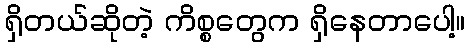
ရှိတယ်ဆိုတဲ့ ကိစ္စတွေက ရှိနေတာပေါ့။